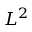
L ^ { 2 }